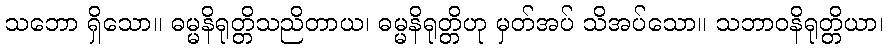
သဘော ရှိသော။ ဓမ္မနိရုတ္တိသညိတာယ၊ ဓမ္မနိရုတ္တိဟု မှတ်အပ် သိအပ်သော။ သဘာဝနိရုတ္တိယာ၊